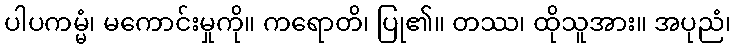
ပါပကမ္မံ၊ မကောင်းမှုကို။ ကရောတိ၊ ပြု၏။ တဿ၊ ထိုသူအား။ အပုညံ၊